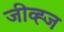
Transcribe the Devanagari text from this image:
जीव्ह्ज